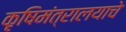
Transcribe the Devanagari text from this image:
कृषिमंत्रालयाचे